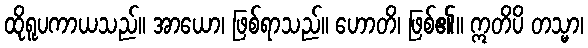
ထိုရူပကာယသည်။ အာယော၊ ဖြစ်ရာသည်။ ဟောတိ၊ ဖြစ်၏။ ဣတိပိ တသ္မာ၊